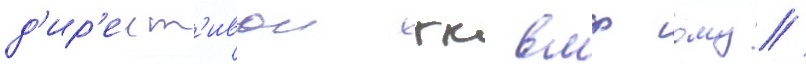
д'ир'ект'ивои гк вмф ому/